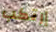
إرتكب